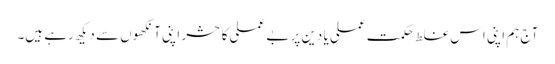
آج ہم اپنی اس غلط حکمت عملی یا دین پر بے عملی کا حشر اپنی آنکھوں سے دیکھ رہے ہیں۔